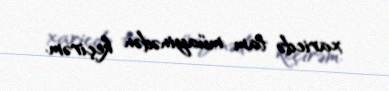
xaricdə tam müayinədən keçirəm.